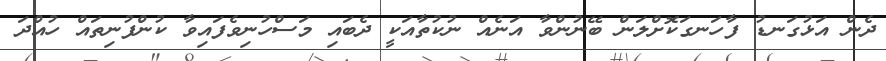
ދެން އަޅުގަނޑު ފާހަނގަކޮށްލަން ބޭނުންވާ އަނެއް ނުކުތާއަކީ ދެބައި މަސްހުނިވެފައިވާ ކުންފުނިތައް ހުއްދަ